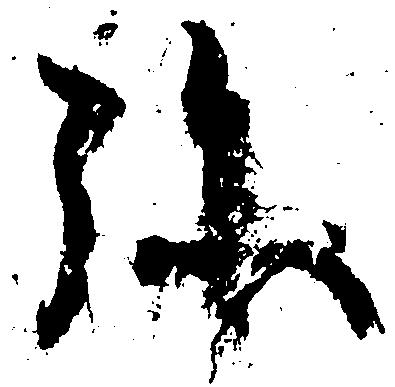
弥